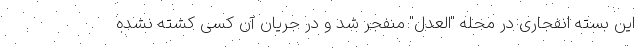
این بسته انفجاری در محله "العدل" منفجر شد و در جریان آن کسی کشته نشده